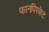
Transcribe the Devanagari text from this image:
फानपिरकेट